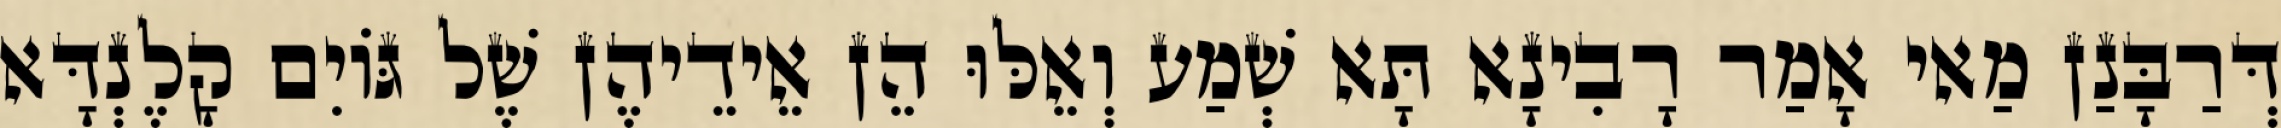
דְּרַבָּנַן מַאי אָמַר רָבִינָא תָּא שְׁמַע וְאֵלּוּ הֵן אֵידֵיהֶן שֶׁל גּוֹיִם קָלֶנְדָּא